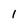
Character: 1